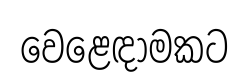
වෙළෙඳාමකට